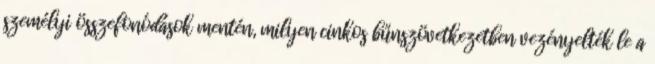
személyi összefonódások mentén, milyen cinkos bűnszövetkezetben vezényelték le a